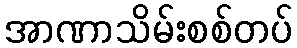
အာဏာသိမ်းစစ်တပ်